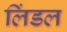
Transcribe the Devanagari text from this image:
लिंडल